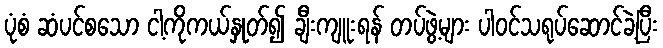
ပုံစံ ဆံပင်စသော ငါ့ကိုကယ်နှုတ်၍ ချီးကျူးရန် တပ်ဖွဲ့များ ပါဝင်သရုပ်ဆောင်ခဲ့ပြီး